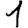
Digit: 1